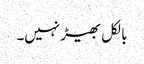
بالکل بھیڑ نہیں۔